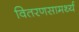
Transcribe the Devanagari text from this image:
वितरणसामर्थ्य